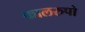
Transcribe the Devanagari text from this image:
कालरुपो